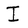
Character: I